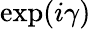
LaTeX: \exp(i\gamma)